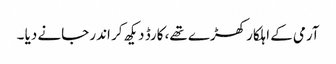
آرمی کے اہلکار کھڑے تھے، کارڈ دیکھ کر اندر جانے دیا ۔